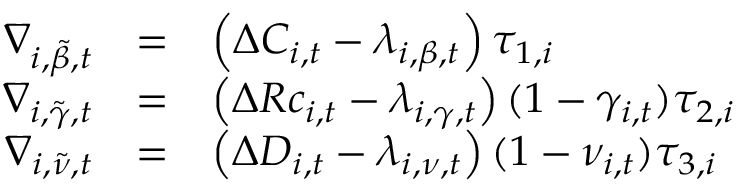
\begin{array} { r c l } { \nabla _ { i , \tilde { \beta } , t } } & { = } & { \left( \Delta C _ { i , t } - \lambda _ { i , \beta , t } \right) \tau _ { 1 , i } } \\ { \nabla _ { i , \tilde { \gamma } , t } } & { = } & { \left( \Delta R c _ { i , t } - \lambda _ { i , \gamma , t } \right) ( 1 - \gamma _ { i , t } ) \tau _ { 2 , i } } \\ { \nabla _ { i , \tilde { \nu } , t } } & { = } & { \left( \Delta D _ { i , t } - \lambda _ { i , \nu , t } \right) ( 1 - \nu _ { i , t } ) \tau _ { 3 , i } } \end{array}